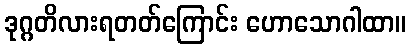
ဒုဂ္ဂတိလားရတတ်ကြောင်း ဟောသောဂါထာ။